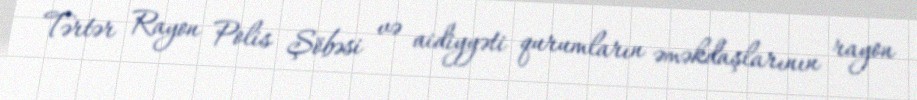
Tərtər Rayon Polis Şöbəsi və aidiyyəti qurumların əməkdaşlarının rayon